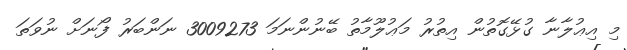
މި އިޢުލާނާ ގުޅޭގޮތުން އިތުރު މަޢުލޫމާތު ބޭނުންނަމަ 3009273 ނަންބަރު ފޯނަށް ނުވަތަ